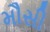
મૌસી